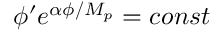
\phi ^ { \prime } e ^ { \alpha \phi / M _ { p } } = c o n s t